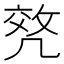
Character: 𠙟